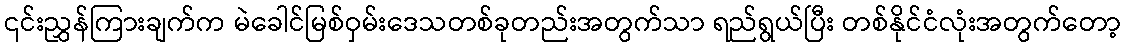
၎င်းညွှန်ကြားချက်က မဲခေါင်မြစ်ဝှမ်းဒေသတစ်ခုတည်းအတွက်သာ ရည်ရွယ်ပြီး တစ်နိုင်ငံလုံးအတွက်တော့